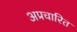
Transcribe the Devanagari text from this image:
अप्रचारित